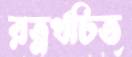
রত্নখচিত